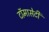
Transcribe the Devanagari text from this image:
टाॅमासेटी